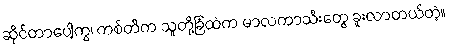
ဆိုင်တာပေါ့ကွ၊ ကစ်တီက သူတို့ခြံထဲက မာလကာသီးတွေ ခူးလာတယ်တဲ့။